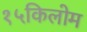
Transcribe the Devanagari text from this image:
१५किलोम